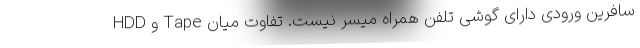
سافرین ورودی دارای گوشی تلفن همراه میسر نیست. تفاوت میان Tape و HDD